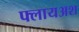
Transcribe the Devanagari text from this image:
फ्लायअश